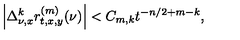
\left| \Delta _ { \nu , x } ^ { k } r _ { t , x , y } ^ { ( m ) } ( \nu ) \right| < C _ { m , k } t ^ { - n / 2 + m - k } ,